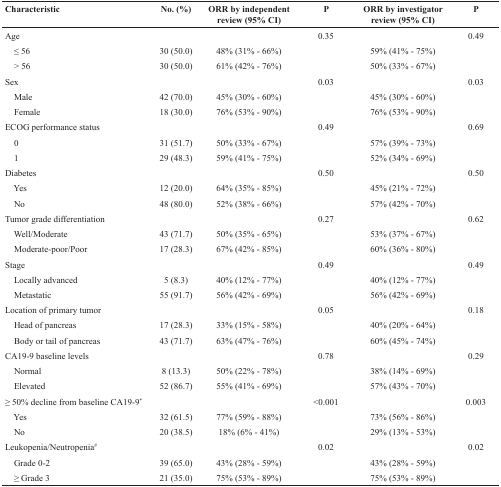
<table><thead><tr><td><b>Characteristic</b></td><td><b>No. (%)</b></td><td><b>ORR by independent review (95% CI)</b></td><td><b>P</b></td><td><b>ORR by investigator review (95% CI)</b></td><td><b>P</b></td></tr></thead><tbody><tr><td>Age</td><td></td><td></td><td>0.35</td><td></td><td>0.49</td></tr><tr><td> ≤ 56</td><td>30 (50.0)</td><td>48% (31% - 66%)</td><td></td><td>59% (41% - 75%)</td><td></td></tr><tr><td> &gt; 56</td><td>30 (50.0)</td><td>61% (42% - 76%)</td><td></td><td>50% (33% - 67%)</td><td></td></tr><tr><td>Sex</td><td></td><td></td><td>0.03</td><td></td><td>0.03</td></tr><tr><td> Male</td><td>42 (70.0)</td><td>45% (30% - 60%)</td><td></td><td>45% (30% - 60%)</td><td></td></tr><tr><td> Female</td><td>18 (30.0)</td><td>76% (53% - 90%)</td><td></td><td>76% (53% - 90%)</td><td></td></tr><tr><td>ECOG performance status</td><td></td><td></td><td>0.49</td><td></td><td>0.69</td></tr><tr><td> 0</td><td>31 (51.7)</td><td>50% (33% - 67%)</td><td></td><td>57% (39% - 73%)</td><td></td></tr><tr><td> 1</td><td>29 (48.3)</td><td>59% (41% - 75%)</td><td></td><td>52% (34% - 69%)</td><td></td></tr><tr><td>Diabetes</td><td></td><td></td><td>0.50</td><td></td><td>0.50</td></tr><tr><td> Yes</td><td>12 (20.0)</td><td>64% (35% - 85%)</td><td></td><td>45% (21% - 72%)</td><td></td></tr><tr><td> No</td><td>48 (80.0)</td><td>52% (38% - 66%)</td><td></td><td>57% (42% - 70%)</td><td></td></tr><tr><td>Tumor grade differentiation</td><td></td><td></td><td>0.27</td><td></td><td>0.62</td></tr><tr><td> Well/Moderate</td><td>43 (71.7)</td><td>50% (35% - 65%)</td><td></td><td>53% (37% - 67%)</td><td></td></tr><tr><td> Moderate-poor/Poor</td><td>17 (28.3)</td><td>67% (42% - 85%)</td><td></td><td>60% (36% - 80%)</td><td></td></tr><tr><td>Stage</td><td></td><td></td><td>0.49</td><td></td><td>0.49</td></tr><tr><td> Locally advanced</td><td>5 (8.3)</td><td>40% (12% - 77%)</td><td></td><td>40% (12% - 77%)</td><td></td></tr><tr><td> Metastatic</td><td>55 (91.7)</td><td>56% (42% - 69%)</td><td></td><td>56% (42% - 69%)</td><td></td></tr><tr><td>Location of primary tumor</td><td></td><td></td><td>0.05</td><td></td><td>0.18</td></tr><tr><td> Head of pancreas</td><td>17 (28.3)</td><td>33% (15% - 58%)</td><td></td><td>40% (20% - 64%)</td><td></td></tr><tr><td> Body or tail of pancreas</td><td>43 (71.7)</td><td>63% (47% - 76%)</td><td></td><td>60% (45% - 74%)</td><td></td></tr><tr><td>CA19-9 baseline levels</td><td></td><td></td><td>0.78</td><td></td><td>0.29</td></tr><tr><td> Normal</td><td>8 (13.3)</td><td>50% (22% - 78%)</td><td></td><td>38% (14% - 69%)</td><td></td></tr><tr><td> Elevated</td><td>52 (86.7)</td><td>55% (41% - 69%)</td><td></td><td>57% (43% - 70%)</td><td></td></tr><tr><td>≥ 50% decline from baseline CA19-9<sup>*</sup></td><td></td><td></td><td>&lt;0.001</td><td></td><td>0.003</td></tr><tr><td> Yes</td><td>32 (61.5)</td><td>77% (59% - 88%)</td><td></td><td>73% (56% - 86%)</td><td></td></tr><tr><td> No</td><td>20 (38.5)</td><td>18% (6% - 41%)</td><td></td><td>29% (13% - 53%)</td><td></td></tr><tr><td>Leukopenia/Neutropenia<sup>#</sup></td><td></td><td></td><td>0.02</td><td></td><td>0.02</td></tr><tr><td> Grade 0-2</td><td>39 (65.0)</td><td>43% (28% - 59%)</td><td></td><td>43% (28% - 59%)</td><td></td></tr><tr><td> ≥ Grade 3</td><td>21 (35.0)</td><td>75% (53% - 89%)</td><td></td><td>75% (53% - 89%)</td><td></td></tr></tbody></table>